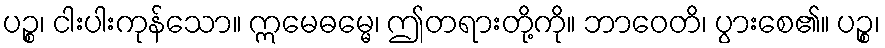
ပဉ္စ၊ ငါးပါးကုန်သော။ ဣမေဓမ္မေ၊ ဤတရားတို့ကို။ ဘာဝေတိ၊ ပွားစေ၏။ ပဉ္စ၊